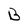
Character: B